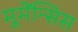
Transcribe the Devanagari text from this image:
मूमेंन्सिस